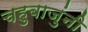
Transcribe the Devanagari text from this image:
चहुबाजुंनी